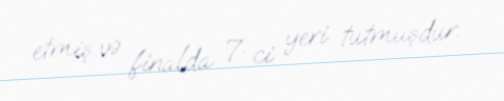
etmiş və finalda 7-ci yeri tutmuşdur.